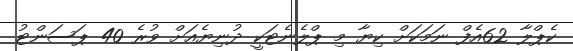
ކެޕްލާ 62އެފް ނަމަކަށް ކިޔާ މި ޕްލެނެޓަކީ ދުނިޔެއަށް ވުރެ 40 ޕަސަންޓު